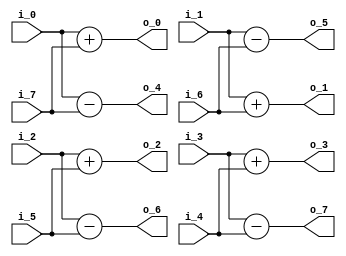
//describe  : 8DCT2
//input     : 8
//output    : 8
//delay     : 0 clk
module dct2_butterfly8#(
    parameter IN_WIDTH = 19
)
(
//input data
    input   signed  [IN_WIDTH - 1 : 0]  i_0     ,
    input   signed  [IN_WIDTH - 1 : 0]  i_1     ,
    input   signed  [IN_WIDTH - 1 : 0]  i_2     ,
    input   signed  [IN_WIDTH - 1 : 0]  i_3     ,
    input   signed  [IN_WIDTH - 1 : 0]  i_4     ,
    input   signed  [IN_WIDTH - 1 : 0]  i_5     ,
    input   signed  [IN_WIDTH - 1 : 0]  i_6     ,
    input   signed  [IN_WIDTH - 1 : 0]  i_7     ,
//output data
    output  signed  [IN_WIDTH     : 0]  o_0     ,//E
    output  signed  [IN_WIDTH     : 0]  o_1     ,
    output  signed  [IN_WIDTH     : 0]  o_2     ,
    output  signed  [IN_WIDTH     : 0]  o_3     ,
    output  signed  [IN_WIDTH     : 0]  o_4     ,//O
    output  signed  [IN_WIDTH     : 0]  o_5     ,
    output  signed  [IN_WIDTH     : 0]  o_6     ,
    output  signed  [IN_WIDTH     : 0]  o_7     
);

//
//E/O
    wire signed [IN_WIDTH : 0] E_0 = i_0 + i_7;
    wire signed [IN_WIDTH : 0] E_1 = i_1 + i_6;
    wire signed [IN_WIDTH : 0] E_2 = i_2 + i_5;
    wire signed [IN_WIDTH : 0] E_3 = i_3 + i_4;
    wire signed [IN_WIDTH : 0] O_0 = i_0 - i_7;
    wire signed [IN_WIDTH : 0] O_1 = i_1 - i_6;
    wire signed [IN_WIDTH : 0] O_2 = i_2 - i_5;
    wire signed [IN_WIDTH : 0] O_3 = i_3 - i_4;

//output
    assign o_0 = E_0;
    assign o_1 = E_1;
    assign o_2 = E_2;
    assign o_3 = E_3;
    assign o_4 = O_0;
    assign o_5 = O_1;
    assign o_6 = O_2;
    assign o_7 = O_3;
    
endmodule